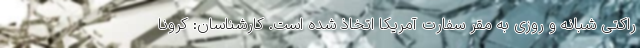
راکتی شبانه و روزی به مقر سفارت آمریکا اتخاذ شده است. کارشناسان: کرونا